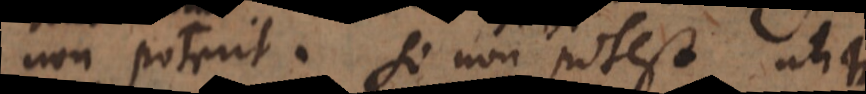
non poterit. Si non potest utique